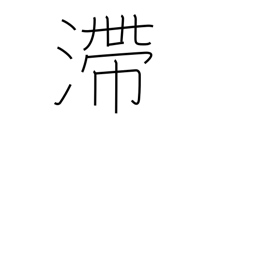
Meaning: stagnant